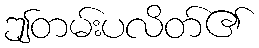
ဤတမ်းပလိတ်၏